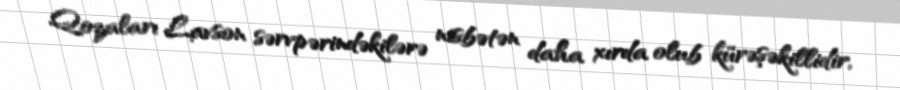
Qozaları Lavson sərvpərindəkilərə nisbətən daha xırda olub kürəşəkillidir,